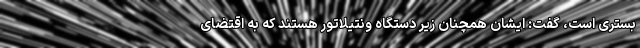
بستری است، گفت: ایشان همچنان زیر دستگاه ونتیلاتور هستند که به اقتضای